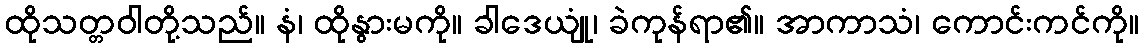
ထိုသတ္တဝါတို့သည်။ နံ၊ ထိုနွားမကို။ ခါဒေယျုံ၊ ခဲကုန်ရာ၏။ အာကာသံ၊ ကောင်းကင်ကို။